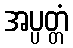
အပ္ပတ္တံ